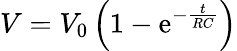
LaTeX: V=V_{0}\left(1-\mathrm{e}^{-\frac{{t}}{{RC}}}\right)